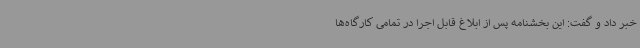
خبر داد و گفت: این بخشنامه پس از ابلاغ قابل اجرا در تمامی کارگاه‌ها